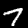
Digit: 7